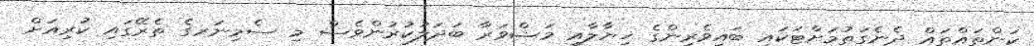
ކަންތައްތައް ދެނެގަތުމަށްޓަކައި ބައިވެރިންގެ ޚިޔާލާއި މަޝްވަރާ ބަދަލުކުރުންވެސް މި ސެމިނަރގެ ތެރޭގައި ކުރިއަށް